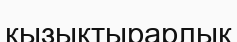
қызықтырарлық